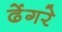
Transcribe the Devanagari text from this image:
ढेंगरे